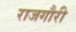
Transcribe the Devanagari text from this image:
राजगौरी